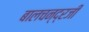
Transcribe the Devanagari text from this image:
बालचन्द्रजी